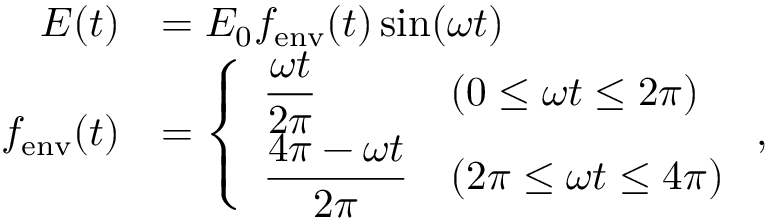
\begin{array} { r l } { E ( t ) } & { = E _ { 0 } f _ { \mathrm { e n v } } ( t ) \sin ( \omega t ) } \\ { f _ { \mathrm { e n v } } ( t ) } & { = \left\{ \begin{array} { l l } { \displaystyle \frac { \omega t } { 2 \pi } } & { ( 0 \leq \omega t \leq 2 \pi ) } \\ { \displaystyle \frac { 4 \pi - \omega t } { 2 \pi } } & { ( 2 \pi \leq \omega t \leq 4 \pi ) } \end{array} \right. , } \end{array}